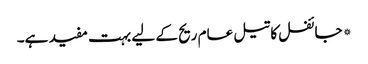
*جائفل کا تیل عام ریح کے لیے بہت مفید ہے۔